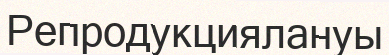
Репродукциялануы